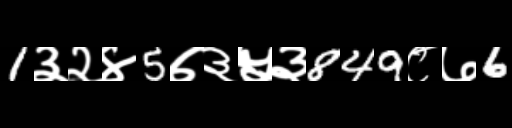
Text: 1३२४5७३५३849८७6